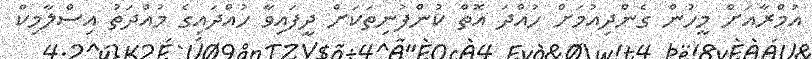
އުމްރާއަށް މީހުން ގެންދިއުމަށް ހުއްދަ އޮތް ކުންފުނިތަކަށް ދީފައިވާ ހުއްދައިގެ މުއްދަތު އިސްލާމިކް